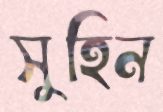
সুহিন